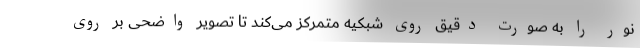
نور را به صورت دقیق روی شبکیه متمرکز می‌کند تا تصویر واضحی بر روی